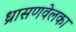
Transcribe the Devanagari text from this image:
ध्रासणवेलका